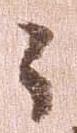
々